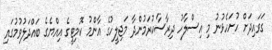
ގަވައިދަށް ހުށަހެޅުނު މި އިސްލާހު ދިރާސާކުރަމުންދާ މަޖިލީހުގެ އާންމު ކޮމިޓީގެ އިއްޔެގެ ބައްދަލުވުމުގައި